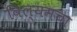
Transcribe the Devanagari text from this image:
विल्यमचा